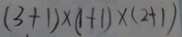
( 3 + 1 ) \times ( 1 + 1 ) \times ( 2 + 1 )